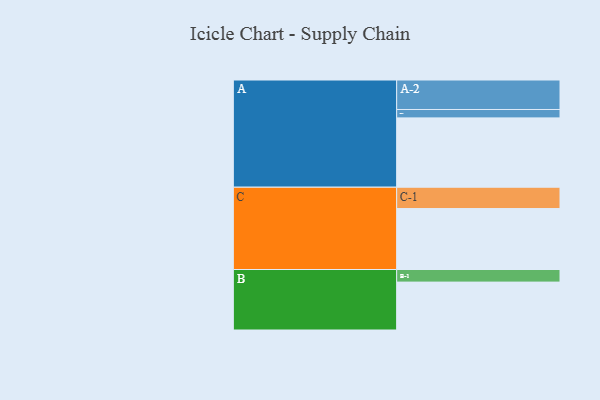
{"axis": {"x": "Segment", "y": "Value"}, "legend": ["", "A", "B", "C"], "data": [{"x": "A", "y": 595, "type": ""}, {"x": "B", "y": 411, "type": ""}, {"x": "C", "y": 523, "type": ""}, {"x": "A-1", "y": 72, "type": "A"}, {"x": "A-2", "y": 253, "type": "A"}, {"x": "B-1", "y": 108, "type": "B"}, {"x": "C-1", "y": 183, "type": "C"}]}